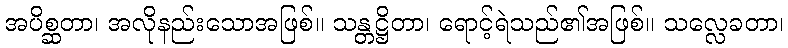
အပိစ္ဆတာ၊ အလိုနည်းသောအဖြစ်။ သန္တဋ္ဌိတာ၊ ရောင့်ရဲသည်၏အဖြစ်။ သလ္လေခတာ၊